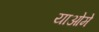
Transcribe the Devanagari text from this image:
याओमे